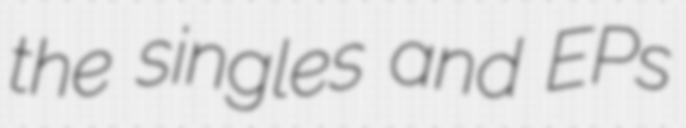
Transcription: the singles and EPs